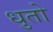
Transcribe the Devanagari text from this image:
धुतो